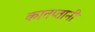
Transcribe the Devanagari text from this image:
कातप्तानी